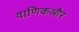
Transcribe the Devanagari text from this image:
वाणिकऔर